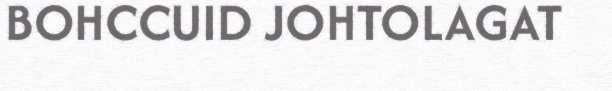
BOHCCUID JOHTOLAGAT